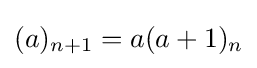
(a)_{n+1}=a(a+1)_{n}